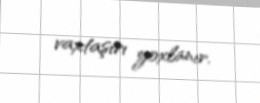
vaxtaşırı yoxlanır.